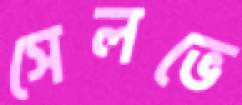
সেলভে